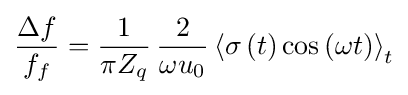
{\frac {\Delta f}{f_{f}}}={\frac {1}{\pi Z_{q}}}\,{\frac {2}{\omega u_{0}}}\left\langle \sigma \left(t\right)\cos \left(\omega t\right)\right\rangle _{t}